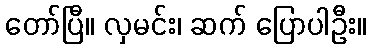
တော်ပြီ။ လှမင်း၊ ဆက် ပြောပါဦး။